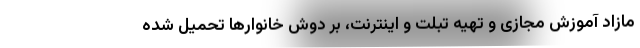
مازادِ آموزش مجازی و تهیه تبلت و اینترنت، بر دوش خانوارها تحمیل شده